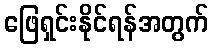
ဖြေရှင်းနိုင်ရန်အတွက်